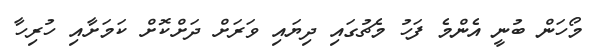
މޯހަން ބުނީ އެންމެ ފަހު މެޗުގައި ދިޔައި ވަރަށް ދަށްކޮށް ކަމަށާއި ހުރިހާ